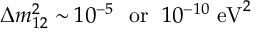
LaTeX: \Delta m _ { 1 2 } ^ { 2 } \sim 1 0 ^ { - 5 } ~ ~ \mathrm { o r } ~ ~ 1 0 ^ { - 1 0 } ~ \mathrm { e V } ^ { 2 }